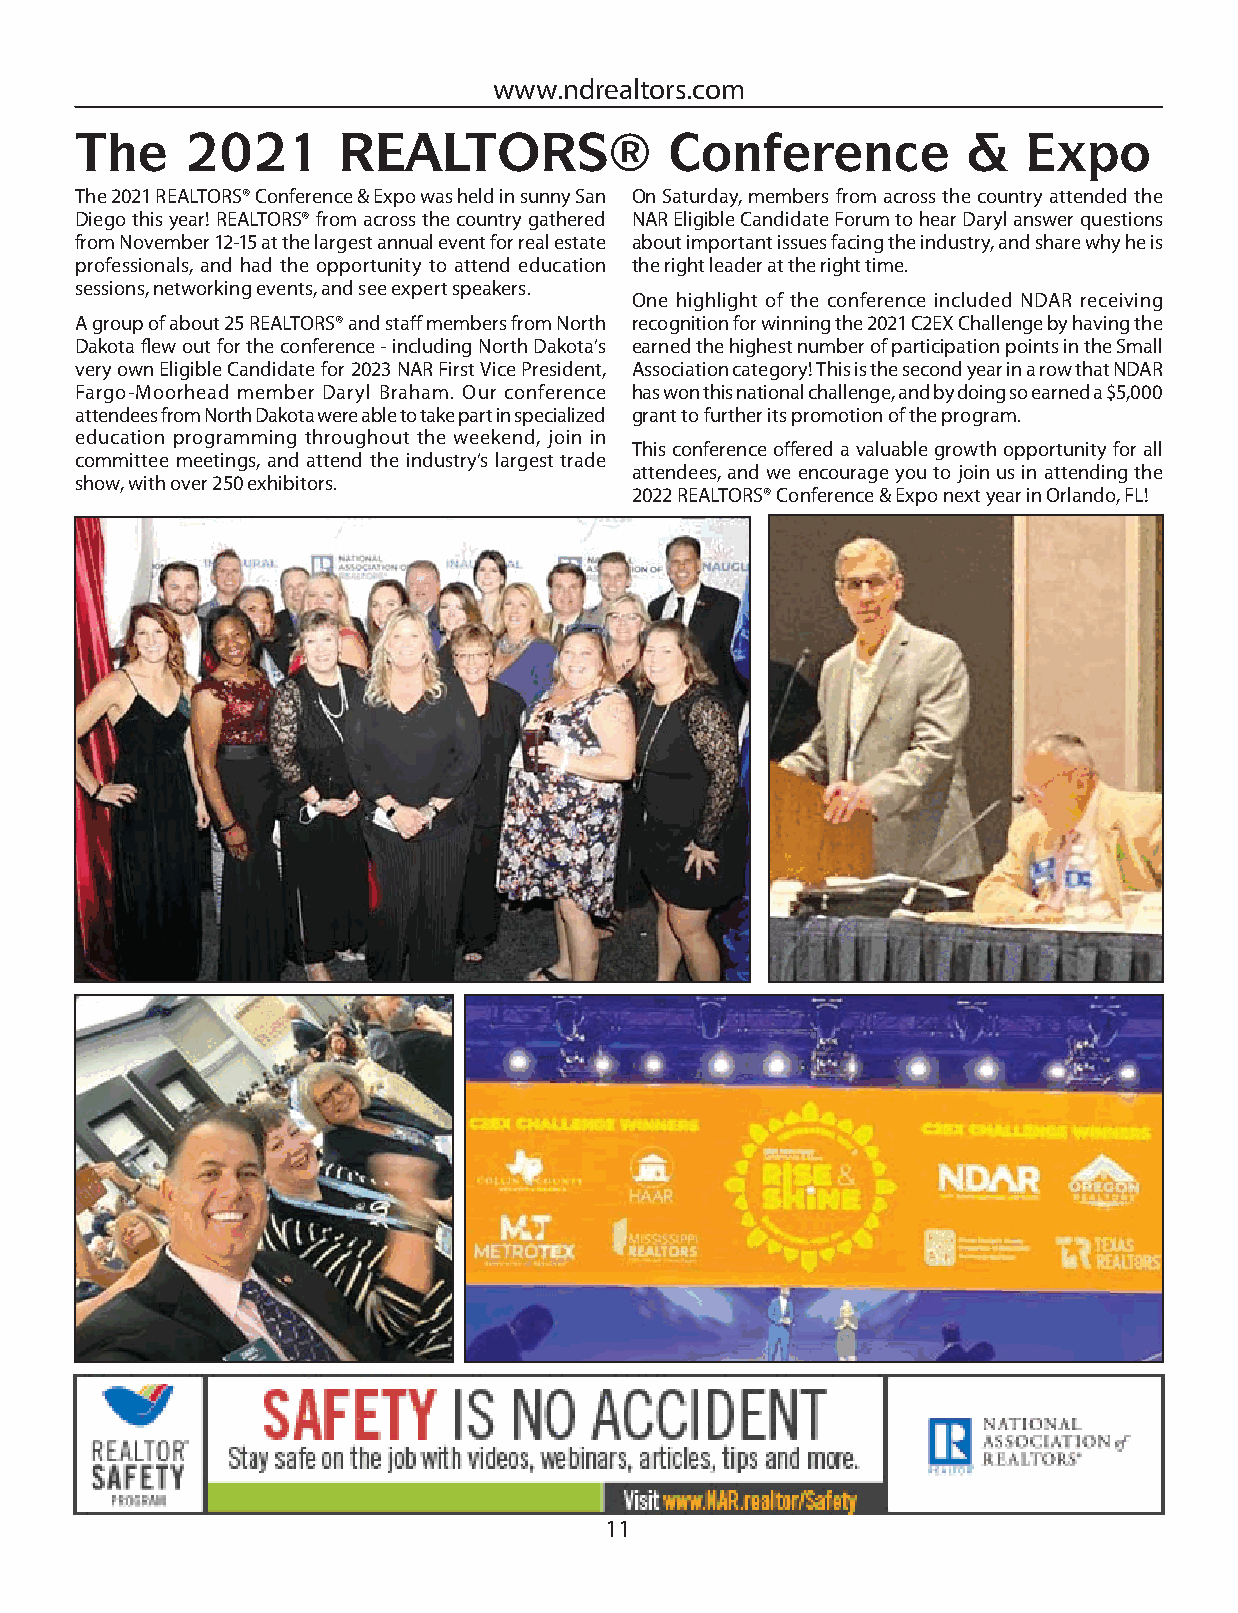
www.ndrealtors.com
 The    2021      REALTORS®             Conference          &   Expo
 The 2021 REALTORS® Conference & Expo was held in sunny San On Saturday, members from across the country attended the
 Diego this year! REALTORS® from across the country gathered NAR Eligible Candidate Forum to hear Daryl answer questions
 from November 12-15 at the largest annual event for real estate about important issues facing the industry, and share why he is
 professionals, and had the opportunity to attend education the right leader at the right time.
 sessions, networking events, and see expert speakers.
 One highlight of the conference included NDAR receiving
 A group of about 25 REALTORS® and staff members from North recognition for winning the 2021 C2EX Challenge by having the
 Dakota fl ew out for the conference - including North Dakota’s earned the highest number of participation points in the Small
 very own Eligible Candidate for 2023 NAR First Vice President, Association category! This is the second year in a row that NDAR
 Fargo-Moorhead member Daryl Braham. Our conference has won this national challenge, and by doing so earned a $5,000
 attendees from North Dakota were able to take part in specialized grant to further its promotion of the program.
 education programming throughout the weekend, join in
 This conference off ered a valuable growth opportunity for all
 committee meetings, and attend the industry’s largest trade
 attendees, and we encourage you to join us in attending the
 show, with over 250 exhibitors.
 2022 REALTORS® Conference & Expo next year in Orlando, FL!
 11